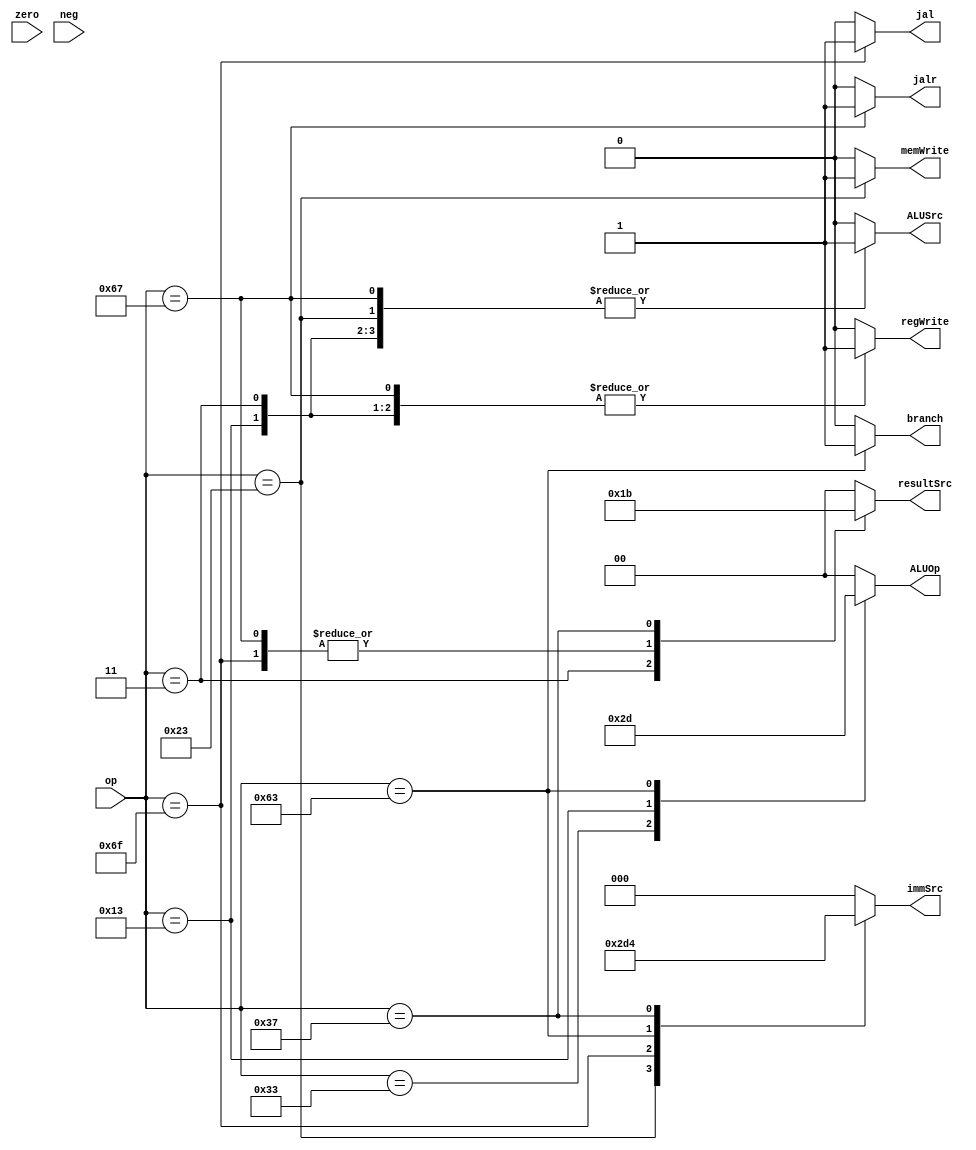
`define R_T     7'b0110011
`define I_T     7'b0010011
`define S_T     7'b0100011
`define B_T     7'b1100011
`define U_T     7'b0110111
`define J_T     7'b1101111
`define LW_T    7'b0000011
`define JALR_T  7'b1100111

module MainController(op, zero, resultSrc, memWrite,
                      ALUOp, ALUSrc, immSrc, regWrite, 
                      jal, jalr, neg, branch);

    input [6:0] op;
    input zero, neg;

    output reg [1:0] resultSrc, ALUOp;
    output reg [2:0] immSrc;
    output reg regWrite, memWrite, ALUSrc, jal, jalr, branch;
    
    always @(op) begin 
        {memWrite, regWrite, ALUSrc, jal, 
            jalr, branch, immSrc, resultSrc, ALUOp} <= 13'b0;
        case(op)
            `R_T:begin
                ALUOp     <= 2'b10;
                regWrite  <= 1'b1;
            end

            `I_T:begin
                ALUOp     <= 2'b11;
                regWrite  <= 1'b1;
                immSrc    <= 3'b000;
                ALUSrc    <= 1'b1;
                jalr      <= 1'b0;
                resultSrc <= 2'b00;
            end
            
            `LW_T:begin
                ALUOp     <= 2'b00;
                regWrite  <= 1'b1;
                immSrc    <= 3'b000;
                ALUSrc    <= 1'b1;
                jalr      <= 1'b0;
                resultSrc <= 2'b01;
            end

            `JALR_T:begin
                ALUOp     <= 2'b00;
                regWrite  <= 1'b1;
                immSrc    <= 3'b000;
                ALUSrc    <= 1'b1;
                jalr      <= 1'b1;
                resultSrc <= 2'b10;
            end

            `S_T:begin
                ALUOp     <= 2'b00;
                memWrite  <= 1'b1;
                immSrc    <= 3'b001;
                ALUSrc    <= 1'b1;
            end
            
            `J_T:begin
                resultSrc <= 2'b10;
                immSrc    <= 3'b011;
                jal       <= 1'b1;
                regWrite  <= 1'b1;
            end

            `B_T:begin
                ALUOp     <= 2'b01;
                immSrc    <= 3'b010;
                branch    <= 1'b1;
            end

            `U_T:begin
                resultSrc <= 2'b11;
                immSrc    <= 3'b100;
                regWrite  <= 1'b1;
            end
        endcase
    end
endmodule